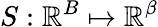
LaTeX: S:\mathbb{R}^{B}\mapsto\mathbb{R}^{\beta}